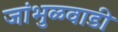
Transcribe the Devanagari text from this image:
जांभुळवाडी